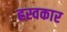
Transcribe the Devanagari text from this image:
ह्रस्वकार